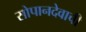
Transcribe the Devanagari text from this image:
सोपानदेवाची